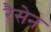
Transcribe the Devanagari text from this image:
रैसेन